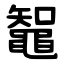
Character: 鼅